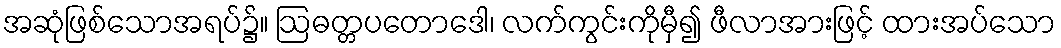
အဆုံဖြစ်သောအရပ်၌။ ဩဓတ္တပတောဒေါ၊ လက်ကွင်းကိုမှီ၍ ဖီလာအားဖြင့် ထားအပ်သော